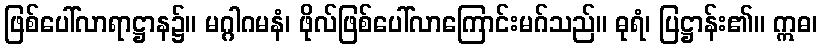
ဖြစ်ပေါ်လာရာဋ္ဌာန၌။ မဂ္ဂါဂမနံ၊ ဖိုလ်ဖြစ်ပေါ်လာကြောင်းမဂ်သည်။ ဓုရံ၊ ပြဋ္ဌာန်း၏။ ဣဓ၊